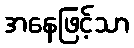
အနေဖြင့်သာ